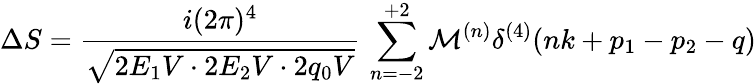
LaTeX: \Delta S={\frac{i(2\pi)^{4}}{\sqrt{2E_{1}V\cdot 2E_{2}V\cdot 2q_{0}V}}}\, \sum_{n=-2}^{+2}{\cal M}^{(n)}\delta^{(4)}(nk+p_{1}-p_{2}-q)